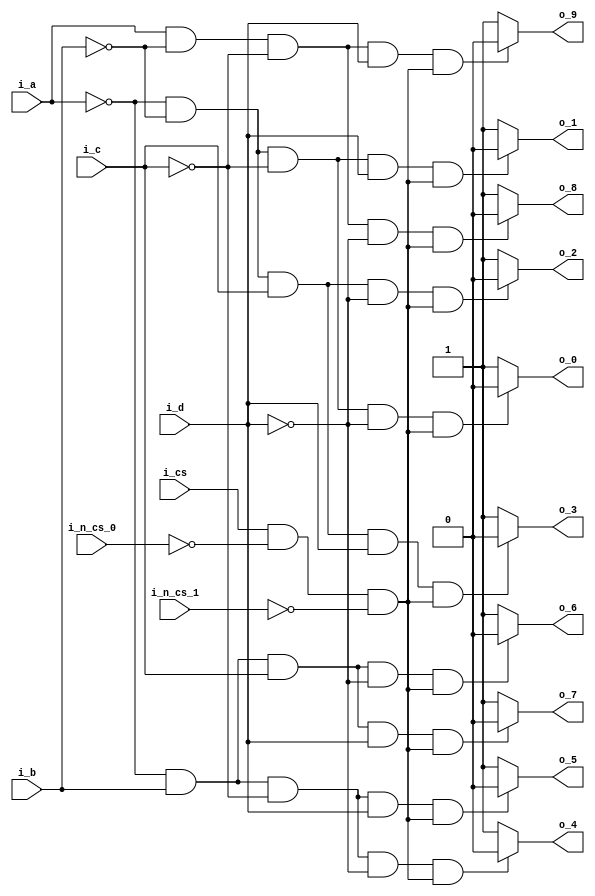
// -- python C:\Users\Brandon\Documents\Personal_Projects\my_utils\modelsim_utils\auto_run.py -d run_cmd__SN74145_v.do


// behavior model
module SN74145_v
  (
  input  i_a, i_b, i_c, i_d,
  input  i_cs, i_n_cs_0, i_n_cs_1, 
  output o_0, o_1, o_2, o_3, o_4, o_5, o_6, o_7, o_8, o_9);
   
  assign o_0 = ( ~ i_a & ~ i_b & ~ i_c & ~ i_d ) & (i_cs & ~i_n_cs_0 & ~i_n_cs_1) ? 0 : 1;
  assign o_1 = ( ~ i_a & ~ i_b & ~ i_c &   i_d ) & (i_cs & ~i_n_cs_0 & ~i_n_cs_1) ? 0 : 1;
  assign o_2 = ( ~ i_a & ~ i_b &   i_c & ~ i_d ) & (i_cs & ~i_n_cs_0 & ~i_n_cs_1) ? 0 : 1;
  assign o_3 = ( ~ i_a & ~ i_b &   i_c &   i_d ) & (i_cs & ~i_n_cs_0 & ~i_n_cs_1) ? 0 : 1;
  assign o_4 = ( ~ i_a &   i_b & ~ i_c & ~ i_d ) & (i_cs & ~i_n_cs_0 & ~i_n_cs_1) ? 0 : 1;
  assign o_5 = ( ~ i_a &   i_b & ~ i_c &   i_d ) & (i_cs & ~i_n_cs_0 & ~i_n_cs_1) ? 0 : 1;
  assign o_6 = ( ~ i_a &   i_b &   i_c & ~ i_d ) & (i_cs & ~i_n_cs_0 & ~i_n_cs_1) ? 0 : 1;
  assign o_7 = ( ~ i_a &   i_b &   i_c &   i_d ) & (i_cs & ~i_n_cs_0 & ~i_n_cs_1) ? 0 : 1;
  assign o_8 = (   i_a & ~ i_b & ~ i_c & ~ i_d ) & (i_cs & ~i_n_cs_0 & ~i_n_cs_1) ? 0 : 1;
  assign o_9 = (   i_a & ~ i_b & ~ i_c &   i_d ) & (i_cs & ~i_n_cs_0 & ~i_n_cs_1) ? 0 : 1;
                 
endmodule